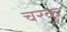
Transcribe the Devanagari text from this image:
चरकु